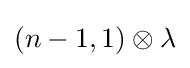
(n-1,1)\otimes \lambda